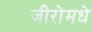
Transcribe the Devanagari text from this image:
जीरोमधे